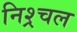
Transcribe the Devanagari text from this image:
निश्र्चल